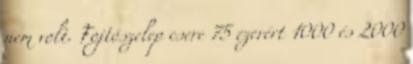
nem volt. Fojtószelep csere 75 ezerért 1000 és 2000